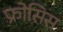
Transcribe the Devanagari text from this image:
फ्रोसिस